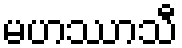
မဟဿာသီ